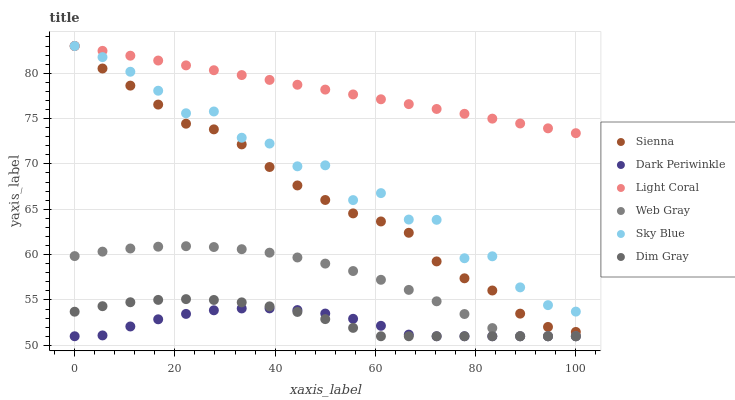
| xaxis_label | Sienna | Dark Periwinkle | Light Coral | Web Gray | Sky Blue | Dim Gray |
 | --- | --- | --- | --- | --- | --- | --- |
 | 0 | 83 | 51 | 83 | 59.8 | 83 | 53.7 |
 | 5.56 | 80.5 | 51.1 | 82.5 | 60.3 | 81.8 | 54.3 |
 | 11.1 | 78.6 | 52.1 | 81.9 | 60.7 | 80.2 | 54.7 |
 | 16.7 | 76.5 | 52.9 | 81.4 | 60.9 | 78.1 | 55 |
 | 22.2 | 74.4 | 53.5 | 80.9 | 60.9 | 75.6 | 55.1 |
 | 27.8 | 73.8 | 53.9 | 80.3 | 60.8 | 75.8 | 55 |
 | 33.3 | 72.2 | 54.1 | 79.8 | 60.6 | 72.9 | 54.7 |
 | 38.9 | 69.7 | 54.1 | 79.3 | 60.2 | 72.2 | 54.3 |
 | 44.4 | 67.6 | 53.9 | 78.7 | 59.7 | 69.7 | 53.7 |
 | 50 | 66 | 53.5 | 78.2 | 59 | 69.8 | 52.9 |
 | 55.6 | 64.5 | 52.9 | 77.7 | 58.2 | 66 | 51.9 |
 | 61.1 | 63.7 | 52.2 | 77.1 | 57.2 | 66.8 | 51 |
 | 66.7 | 62.4 | 51.2 | 76.6 | 56.1 | 63.9 | 51 |
 | 72.2 | 59.3 | 51 | 76.1 | 54.9 | 63.8 | 51 |
 | 77.8 | 57.4 | 51 | 75.5 | 53.5 | 59.6 | 51 |
 | 83.3 | 56 | 51 | 75 | 51.9 | 59.8 | 51 |
 | 88.9 | 53.5 | 51 | 74.5 | 51 | 56.4 | 51 |
 | 94.4 | 52 | 51 | 73.9 | 51 | 54.4 | 51 |
 | 100 | 51.5 | 51 | 73.4 | 51 | 53.7 | 51 |